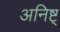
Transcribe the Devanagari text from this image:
अनिष्ट्